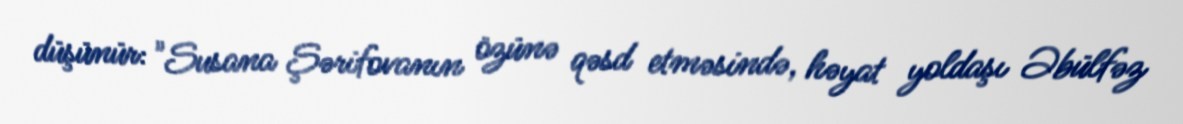
düşünür: "Susana Şərifovanın özünə qəsd etməsində, həyat yoldaşı Əbülfəz